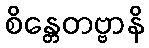
စိန္တေတဗ္ဗာနိ